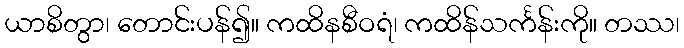
ယာစိတွာ၊ တောင်းပန်၍။ ကထိနစီဝရံ၊ ကထိန်သင်္ကန်းကို။ တဿ၊